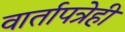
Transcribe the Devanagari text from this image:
वार्तापत्रेही